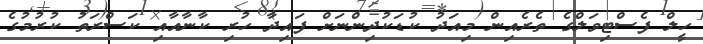
ހީލް ފެސްޓިވަލްގެ ތެރެއިން މިއަދު ކުޑަކުދިންނަށް ފައިދާ ހުރި ކާނާއާއި ކަސްރަތު ކުރުމުގެ